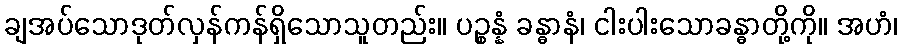
ချအပ်သောဒုတ်လှန်ကန်ရှိသောသူတည်း။ ပဉ္စန္နံ ခန္ဓာနံ၊ ငါးပါးသောခန္ဓာတို့ကို။ အဟံ၊